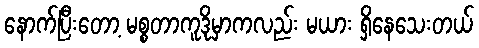
နောက်ပြီးတော့ မစ္စတာကူဒိုမှာကလည်း မယား ရှိနေသေးတယ်